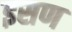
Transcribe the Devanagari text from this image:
इसण